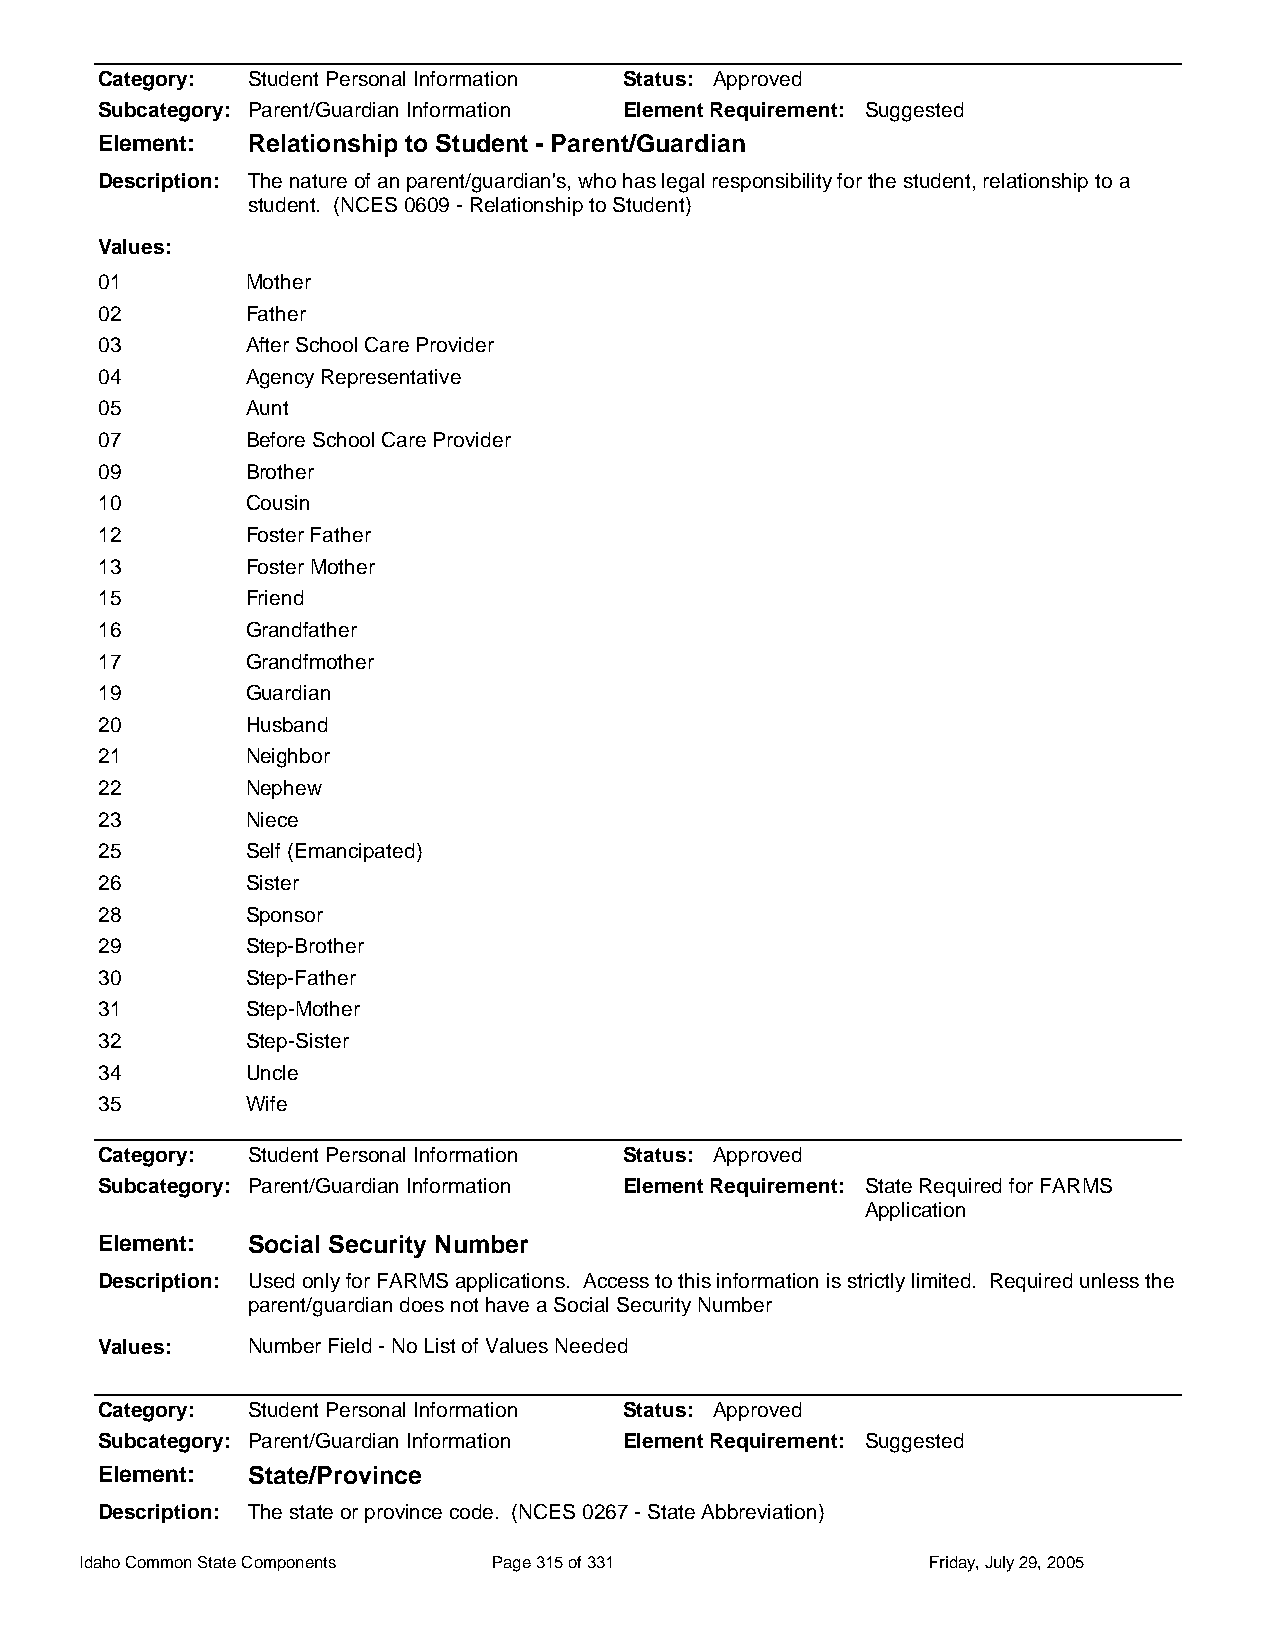
Category: Student Personal Information Status: Approved
 Subcategory: Parent/Guardian Information Element Requirement: Suggested
 Element:  Relationship to Student - Parent/Guardian
 Description: The nature of an parent/guardian's, who has legal responsibility for the student, relationship to a
 student. (NCES 0609 - Relationship to Student)
 Values:
 01        Mother
 02        Father
 03        After School Care Provider
 04        Agency Representative
 05        Aunt
 07        Before School Care Provider
 09        Brother
 10        Cousin
 12        Foster Father
 13        Foster Mother
 15        Friend
 16        Grandfather
 17        Grandfmother
 19        Guardian
 20        Husband
 21        Neighbor
 22        Nephew
 23        Niece
 25        Self (Emancipated)
 26        Sister
 28        Sponsor
 29        Step-Brother
 30        Step-Father
 31        Step-Mother
 32        Step-Sister
 34        Uncle
 35        Wife
 Category: Student Personal Information Status: Approved
 Subcategory: Parent/Guardian Information Element Requirement: State Required for FARMS
 Application
 Element:  Social Security Number
 Description: Used only for FARMS applications. Access to this information is strictly limited. Required unless the
 parent/guardian does not have a Social Security Number
 Values:   Number Field - No List of Values Needed
 Category: Student Personal Information Status: Approved
 Subcategory: Parent/Guardian Information Element Requirement: Suggested
 Element:  State/Province
 Description: The state or province code. (NCES 0267 - State Abbreviation)
 Idaho Common State Components Page 315 of 331           Friday, July 29, 2005